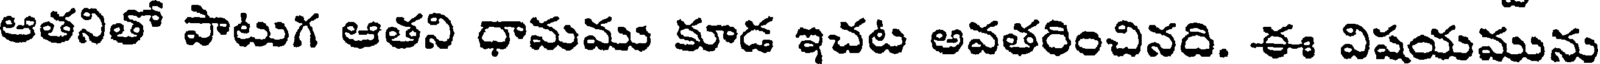
ఆతనితో పాటుగ ఆతని ధామము కూడ ఇచట అవతరించినది. ఈ విషయమును